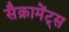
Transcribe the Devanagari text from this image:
सैक्रामेंट्स